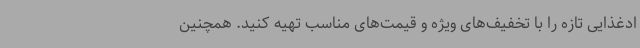
ادغذایی تازه را با تخفیف‌های ویژه و قیمت‌های مناسب تهیه کنید. همچنین